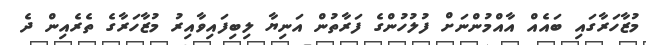
މުޒާހަރާގައި ބައެއް އާއްމުންނަށް ފުލުހުންގެ ފަރާތުން އަނިޔާ ލިބިފައިވާއިރު މުޒާހަރާގެ ތެެރެއިން ދެ